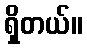
ရှိတယ်။